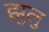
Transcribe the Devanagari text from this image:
झुलु